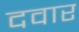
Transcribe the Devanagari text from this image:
दवार